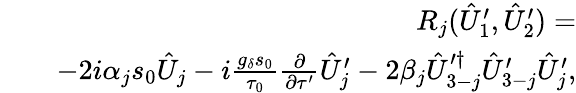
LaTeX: \begin{array}{rlr}&{}&{R_{j}(\hat{U}_{1}^{\prime},\hat{U}_{2}^{\prime})=}\\ &{}&{-2i\alpha_{j}s_{0}\hat{U}_{j}-i\frac{g_{\delta}s_{0}}{\tau_{0}}\frac{\partial}{\partial\tau^{\prime}}\hat{U}_{j}^{\prime}-2\beta_{j}\hat{U}_{3-j}^{\prime\dagger}\hat{U}_{3-j}^{\prime}\hat{U}_{j}^{\prime},}\end{array}